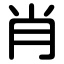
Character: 肖